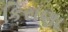
કિરાણા